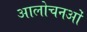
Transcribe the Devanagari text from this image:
आलोचनओं